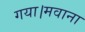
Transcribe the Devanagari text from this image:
गया।मवाना